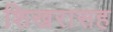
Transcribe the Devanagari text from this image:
शिखरासह